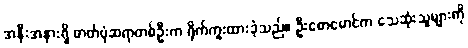
အနီးအနားရှိ ဓာတ်ပုံဆရာတစ်ဦးက ရိုက်ကူးထားခဲ့သည်။ ဦးစောမောင်က သေဆုံးသူများကို